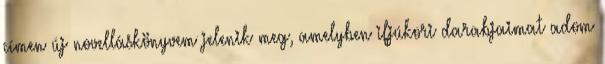
címen új novelláskönyvem jelenik meg, amelyben ifjúkori darabjaimat adom